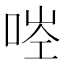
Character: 𠳥